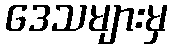
ဒေသများမှ